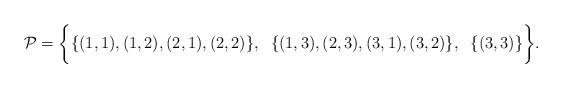
LaTeX: \begin{align*} \mathcal{P} = \bigg\{ \{ (1,1),(1,2),(2,1),(2,2) \}, \;\; \{ (1,3),(2,3), (3,1), (3,2) \}, \;\; \{ (3,3) \} \bigg\}.\end{align*}